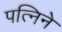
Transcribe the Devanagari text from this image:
पत्निने